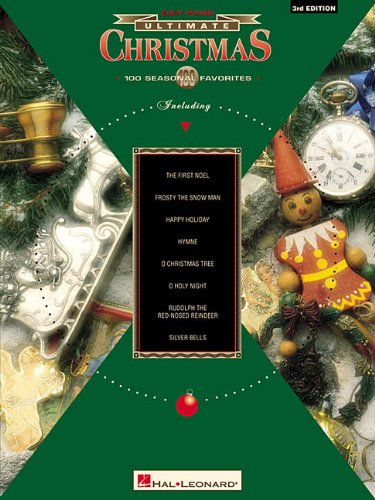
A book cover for Ultimate Christmas: 100 Seasonal Favorites: Easy Piano; Humor & Entertainment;